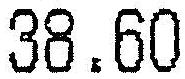
38.60